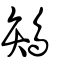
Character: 鴘